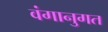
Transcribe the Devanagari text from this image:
वंगानुगत